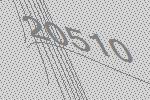
20510